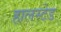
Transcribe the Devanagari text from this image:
हालस्टेड